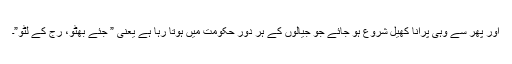
اور پھر سے وہی پرانا کھیل شروع ہو جائے جو جیالوں کے ہر دور حکومت میں ہوتا رہا ہے یعنی ” جئے بھٹو، رج کے لٹو”۔